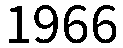
1966